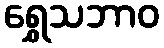
ရွှေသဘာဝ